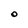
Character: O